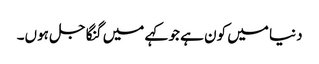
دنیا میں کون ہے جو کہے میں گنگا جل ہوں۔